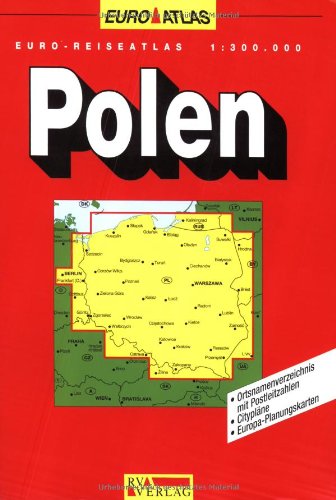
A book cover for Poland (Euro Atlas) (German Edition); Reise- Und Verkehrsverlag; Travel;